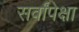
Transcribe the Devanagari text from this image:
सर्वांपेक्षा